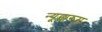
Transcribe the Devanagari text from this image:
न्यूझरूम